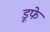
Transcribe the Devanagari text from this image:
डूफे